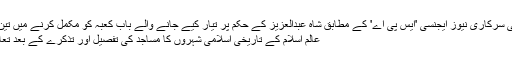
سعودی عرب کی سرکاری نیوز ایجنسی 'ایس پی اے' کے مطابق شاہ عبدالعزیز کے حکم پر تیار کیے جانے والے باب کعبہ کو مکمل کرنے میں تین سال کا ... مزید
عالم اسلام کے تاریخی اسلامی شہروں کا مساجد کی تفصیل اور تذکرے کے بعد تعارف ادھورا ہوگا۔